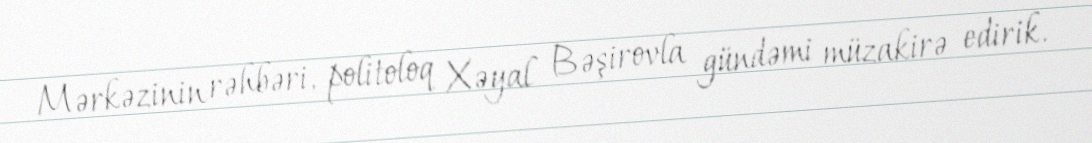
Mərkəzinin rəhbəri, politoloq Xəyal Bəşirovla gündəmi müzakirə edirik.